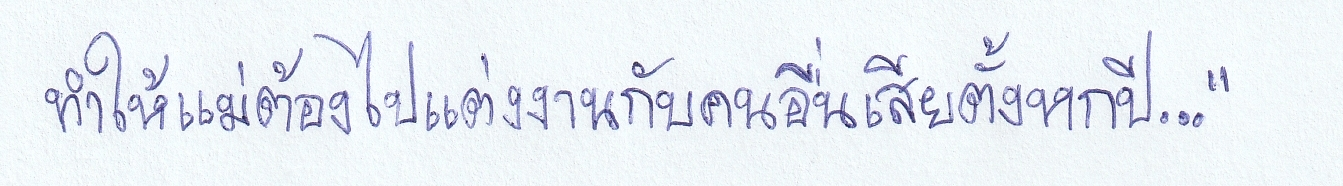
ทำให้แม่ต้องไปแต่งงานกับคนอื่นเสียตั้งหกปี..."